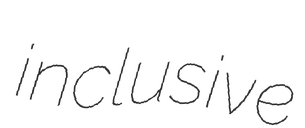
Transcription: inclusive